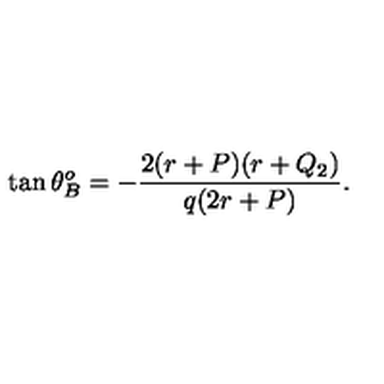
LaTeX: \tan \theta _ { B } ^ { o } = - { \frac { 2 ( r + P ) ( r + Q _ { 2 } ) } { q ( 2 r + P ) } } .